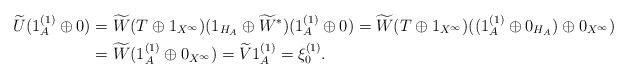
LaTeX: \begin{align*}\widetilde{U}(1_A^{(1)}\oplus 0)&=\widetilde{W}(T \oplus 1_{X^\infty} )(1_{H_A}\oplus \widetilde{W}^*)(1_A^{(1)}\oplus 0)=\widetilde{W}(T \oplus 1_{X^\infty} )((1_A^{(1)}\oplus 0_{H_A}) \oplus 0_{X^\infty} ) \\&=\widetilde{W}(1_A^{(1)}\oplus 0_{X^\infty}) =\widetilde{V}1_A^{(1)}=\xi_0^{(1)}.\end{align*}